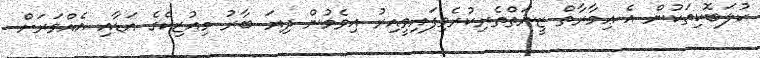
ކުލަބޮކިތަކުން އެ ޢިމާރާތް ޒީނަތްތެރިކުރެވިފައިވީއިރު އިވެމުން ދިޔަ ބާރު މިއުޒިކްގެ އަޑާއި އެއްވަރަށް